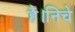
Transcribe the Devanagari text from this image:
है।निचे